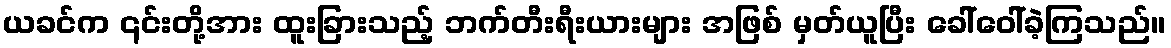
ယခင်က ၎င်းတို့အား ထူးခြားသည့် ဘက်တီးရီးယားများ အဖြစ် မှတ်ယူပြီး ခေါ်ဝေါ်ခဲ့ကြသည်။